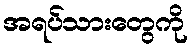
အရပ်သားတွေကို